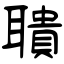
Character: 聵